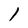
Character: 1